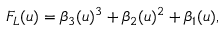
F _ { L } ( u ) = \beta _ { 3 } ( u ) ^ { 3 } + \beta _ { 2 } ( u ) ^ { 2 } + \beta _ { 1 } ( u ) ,